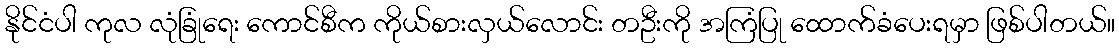
နိုင်ငံပါ ကုလ လုံခြုံရေး ကောင်စီက ကိုယ်စားလှယ်လောင်း တဦးကို အကြံပြု ထောက်ခံပေးရမှာ ဖြစ်ပါတယ်။